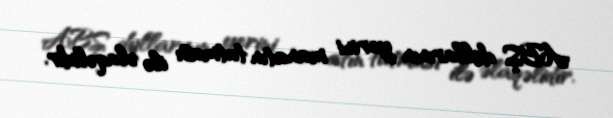
ABŞ dollarının yerini manatın tutması ilə əlaqəlidir.